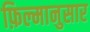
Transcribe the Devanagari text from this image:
फ़िल्मानुसार